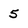
Character: 5